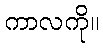
ကာလကို။